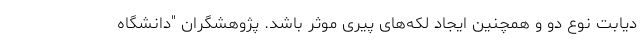
دیابت نوع دو و همچنین ایجاد لکه‌های پیری موثر باشد. پژوهشگران "دانشگاه